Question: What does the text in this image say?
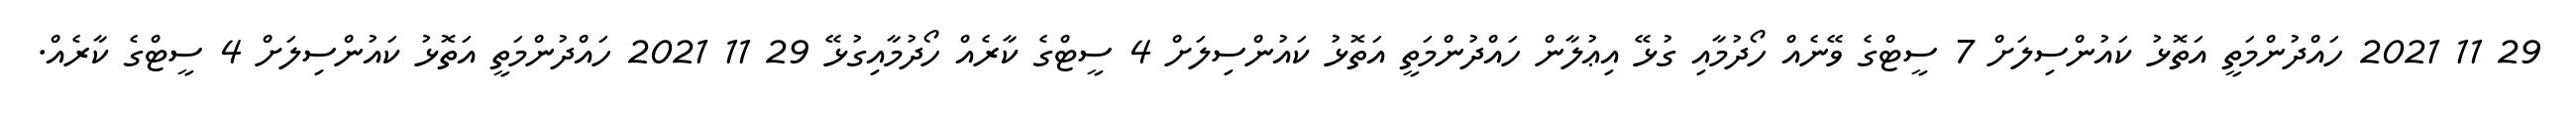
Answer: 29 11 2021 ހައްދުންމަތީ އަތޮޅު ކައުންސިލަށް 7 ސީޓްގެ ވޭނެއް ހޯދުމާއި ގުޅޭ އިޢުލާން ހައްދުންމަތީ އަތޮޅު ކައުންސިލަށް 4 ސީޓްގެ ކާރެއް ހޯދުމާއިގުޅޭ 29 11 2021 ހައްދުންމަތީ އަތޮޅު ކައުންސިލަށް 4 ސީޓްގެ ކާރެއް.